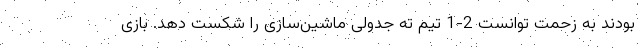
بودند به زحمت توانست 2-1 تیم ته جدولی ماشین‌سازی را شکست دهد. بازی